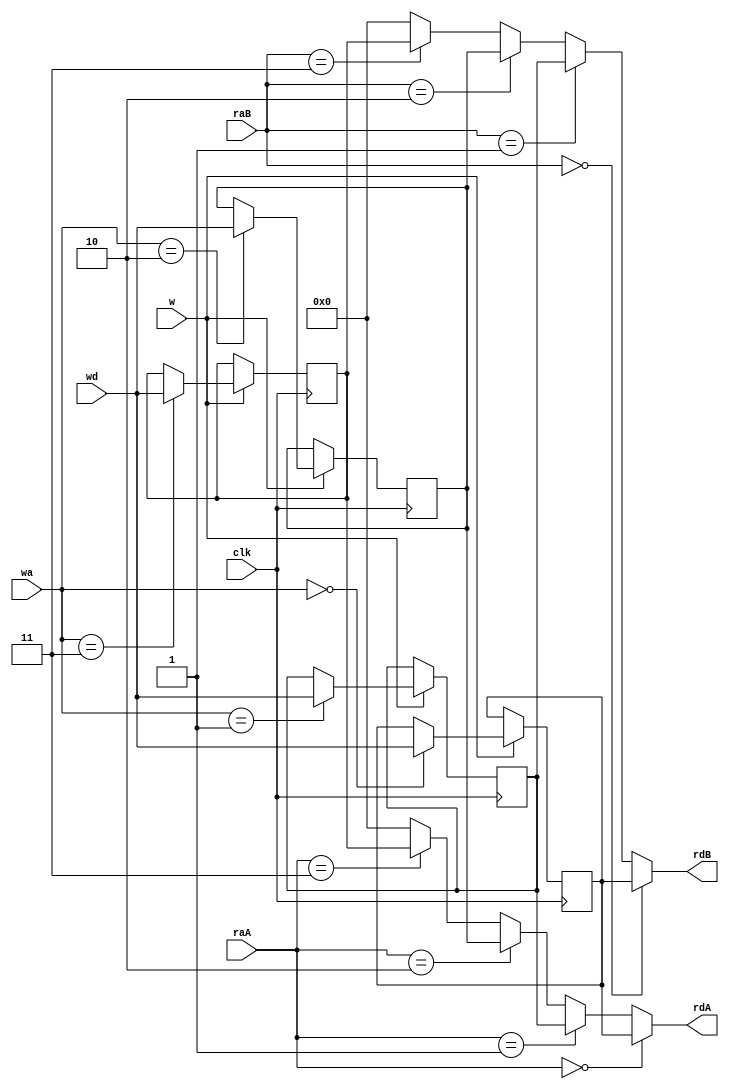
`timescale 1ns/1ns
module regfile_4x16
	(input clk,
	 input w,
	 input [2:0] wa,
	 input [15:0] wd,
	 input [2:0] raA,
	 output [15:0] rdA,
	 input [2:0] raB,
	 output [15:0] rdB);
	 
	reg [15:0] r0, r1, r2, r3;
	 
	assign rdA = raA == 0 ? r0 :
					 raA == 1 ? r1 :
					 raA == 2 ? r2 :
					 raA == 3 ? r3 : 0;
	assign rdB = raB == 0 ? r0 :
					 raB == 1 ? r1 :
					 raB == 2 ? r2 :
					 raB == 3 ? r3 : 0;
						 
	always @(posedge clk) begin
		if(w)
			case(wa)
				0: r0 <= wd;
				1: r1 <= wd;
				2: r2 <= wd;
				3: r3 <= wd;
			endcase
	end
endmodule